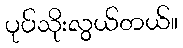
ပုပ်သိုးလွယ်တယ်။